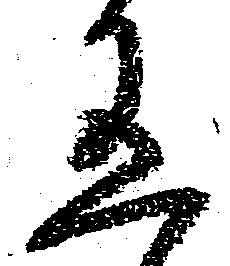
有